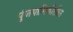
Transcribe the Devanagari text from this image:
पुंजयामिकीतील